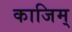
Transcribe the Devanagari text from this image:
काजिम्